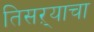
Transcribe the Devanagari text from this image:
तिसऱ्याचा